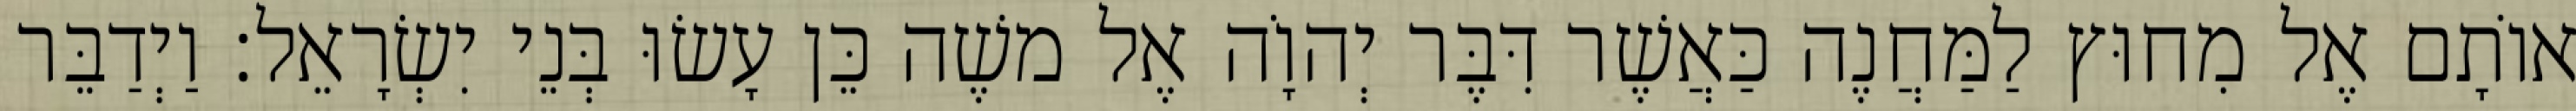
אוֹתָם אֶל מִחוּץ לַמַּחֲנֶה כַּאֲשֶׁר דִּבֶּר יְהוָֹה אֶל משֶׁה כֵּן עָשׂוּ בְּנֵי יִשְׂרָאֵל׃ וַיְדַבֵּר